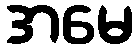
အမေ